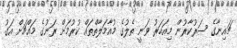
ޗައިނާގެ ސަރުކާރުން މިއަހަރު ވަނީ ތެލުގެ މުއާމަލާތްތައް ކުރުމަށް ރަނުގެ މައްޗަށް އަގު